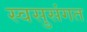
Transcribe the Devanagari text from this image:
स्वसुसंगत